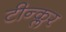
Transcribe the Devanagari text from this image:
टीन्क्लर